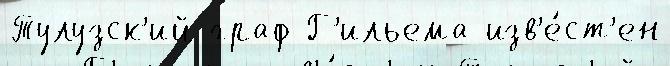
Тулузск'ий граф Г'ильема изв'е́ст'ен